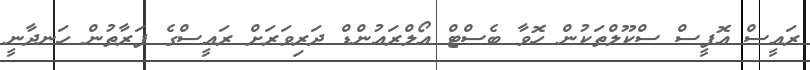
ރައީސް އޮފީސް ސްކޫލްތަކުން ހޮވާ ބެސްޓް އޯލްރައުންޑް ދަރިވަރަށް ރައީސްގެ ފަރާތުން ހަނދާނީ